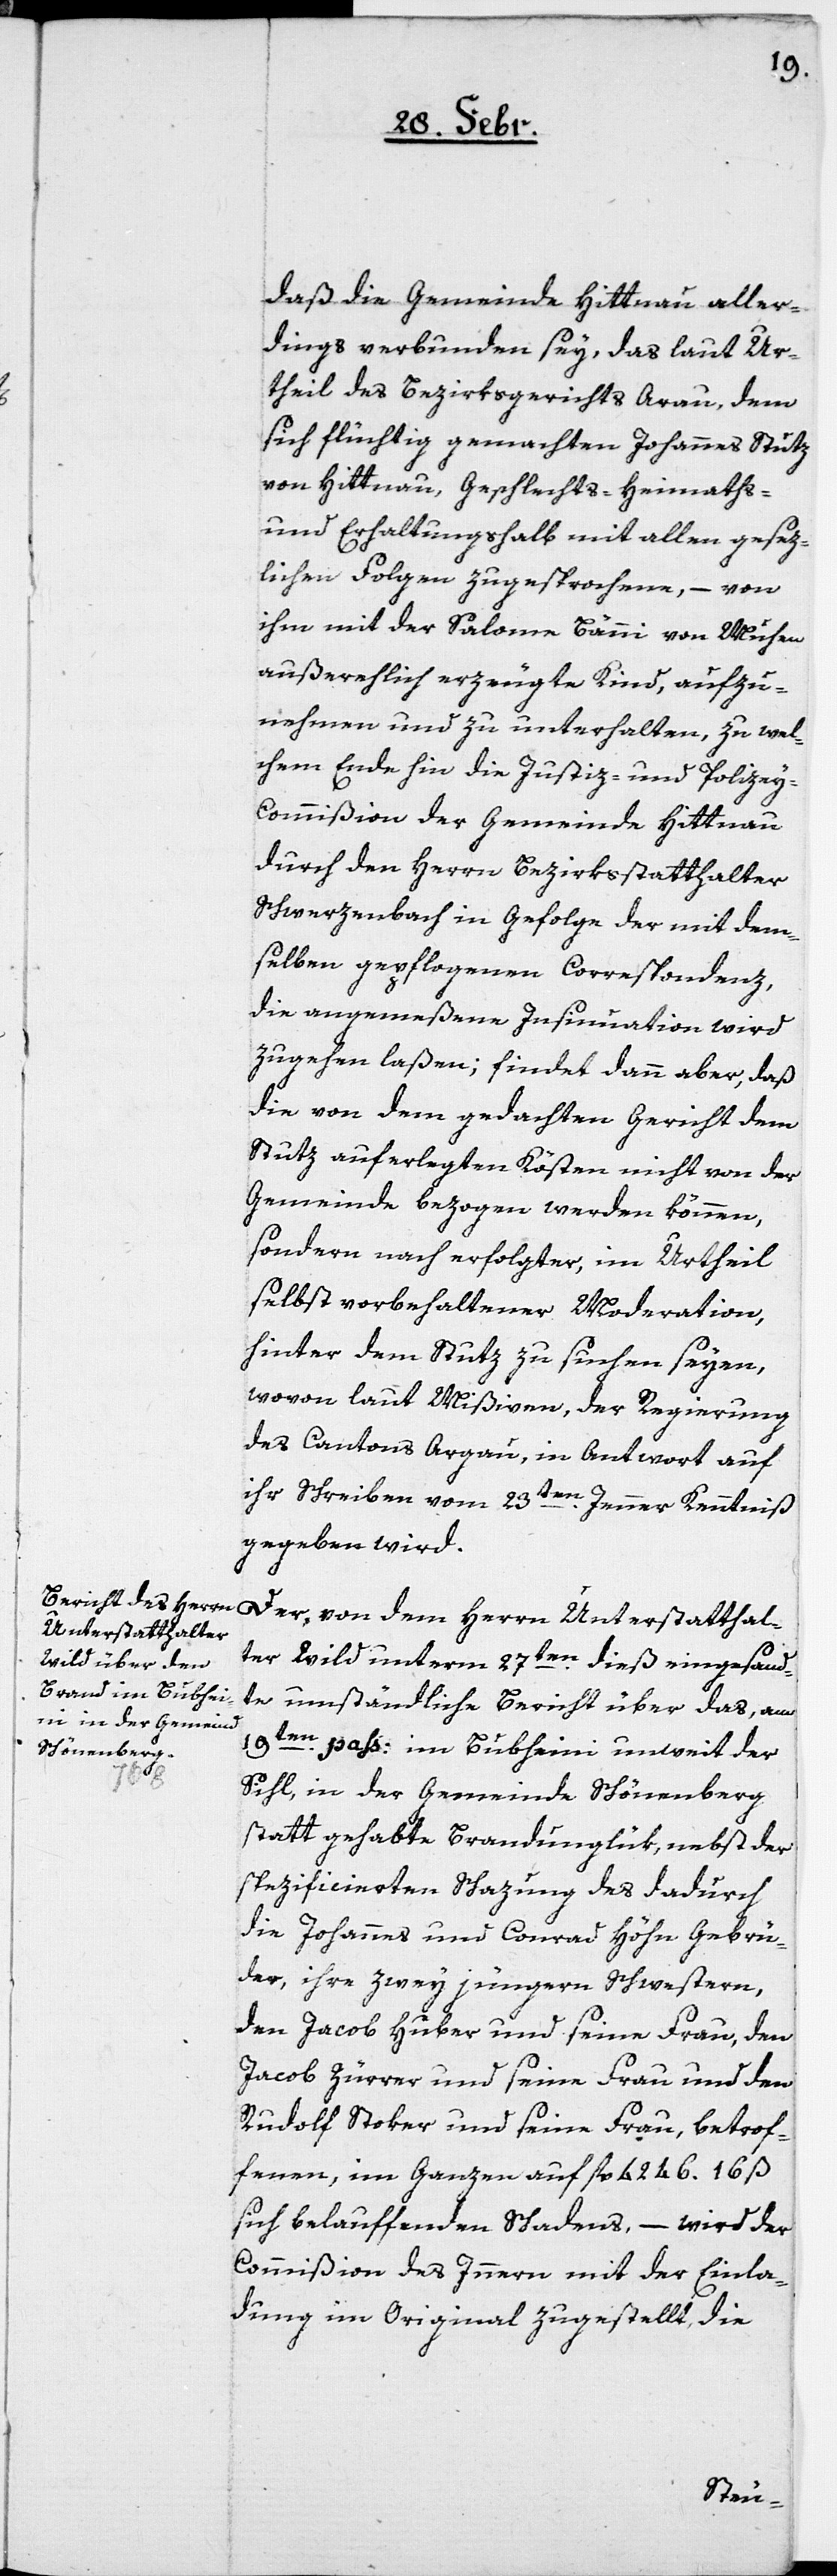
daß die Gemeinde Hittnau aller¬
dings verbunden sey, das laut Ur¬
theil des Bezirksgerichts Arau, dem
sich flüchtig gemachten Johannes Stutz
von Hittnau, Geschlechts-, Heimaths-
und Erhaltungshalb mit allen gesez¬
lichen Folgen zugesprochen, – von
ihm mit der Salome Bänni von Muhen
außerehelich erzeugte Kind, aufzu¬
nehmen und zu unterhalten, zu wel¬
chem Ende hin die Justiz- und Polizei
Commißion der Gemeinde Hittnau
durch den Herrn Bezirksstatthalter
Schwerzenbach in Gefolge der mit dem¬
selben gepflogenen Correspondenz,
die angemeßene Insinuation wird
zugehen laßen; findet dann aber, daß
die von dem gedachten Gericht dem
Stutz auferlegten Kösten nicht von der
Gemeinde bezogen werden können,
sondern nach erfolgter, im Urtheil
selbst vorbehaltener Moderation,
hinter dem Stutz zu suchen seyen,
wovon laut Mißiven, der Regierung
des Cantons Argau, in Antwort auf
ihr Schreiben vom 23ten Jenner Kenntniß
gegeben wird.
Unterstatthalte¬
r Wild unterm 27ten dieß eingesand¬
te umständliche Bericht über das, am
19ten pass. im Bubheini unweit der
Sihl, in der Gemeinde Schönenberg
statt gehabte Brandunglük, nebst der
spezificierten Schazung des dadurch
die Johannes und Conrad Höhn Gebrü¬
der, ihre zwey jüngeren Schwestern,
den Jacob Huber und seine Frau, den
Jacob Zürrer und seine Frau und den
Rudolf Stoker und seine Frau, betrof¬
fenen, im Ganzen auf fl. 4246 16 ß
sich belauffenden Schadens, – wird der
Commißion des Innern mit der Einla¬
dung im Original zugestellt, die